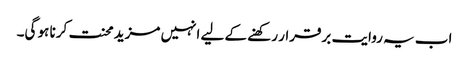
اب یہ روایت برقرار رکھنے کے لیے انہیں مزید محنت کرنا ہو گی۔